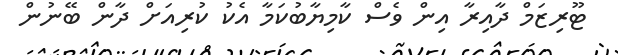
ޓޫރިޒަމް ދާއިރާ އިން ވެސް ކާމިޔާބުކަމާ އެކު ކުރިއަށް ދާން ބޭނުން